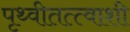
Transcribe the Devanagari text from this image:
पृथ्वीतत्त्वाशी